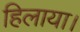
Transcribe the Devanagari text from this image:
हिलाया।